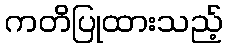
ကတိပြုထားသည့်